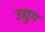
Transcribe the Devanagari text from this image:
उद्युग